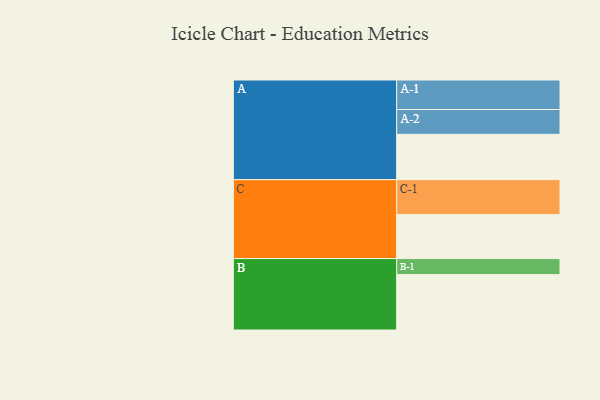
{"axis": {"x": "Segment", "y": "Value"}, "legend": ["", "A", "B", "C"], "data": [{"x": "A", "y": 350, "type": ""}, {"x": "B", "y": 428, "type": ""}, {"x": "C", "y": 340, "type": ""}, {"x": "A-1", "y": 228, "type": "A"}, {"x": "A-2", "y": 192, "type": "A"}, {"x": "B-1", "y": 124, "type": "B"}, {"x": "C-1", "y": 270, "type": "C"}]}